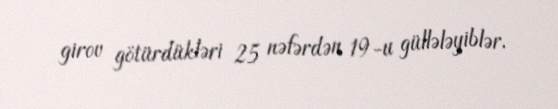
girov götürdükləri 25 nəfərdən 19-u güllələyiblər.